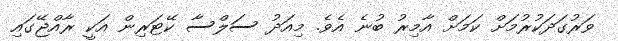
ވަރުގަދަކުރުމަށް ކަމަށް އާމިރު ބުނެ އެވެ. މިއަދު ސަލްސާ ކޭޓަރިން އަކީ ރާއްޖޭގައި